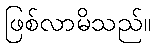
ဖြစ်လာမိသည်။